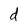
Character: d